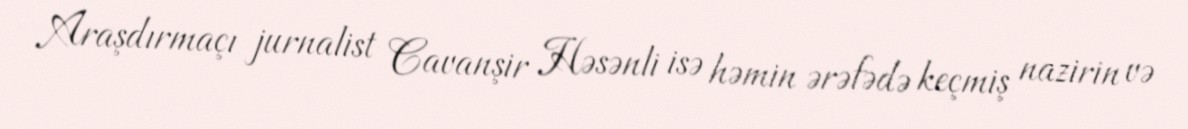
Araşdırmaçı jurnalist Cavanşir Həsənli isə həmin ərəfədə keçmiş nazirin və